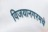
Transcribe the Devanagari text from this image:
विजयानगरमचे